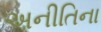
અનીતિના